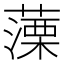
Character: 𦽼